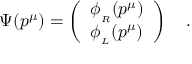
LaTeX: \Psi ( p ^ { \mu } ) = \left( \begin{array} { l } { { \phi _ { _ R } ( p ^ { \mu } ) } } \\ { { \phi _ { _ L } ( p ^ { \mu } ) } } \end{array} \right) \quad .